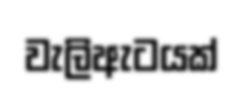
වැලිඇටයක්